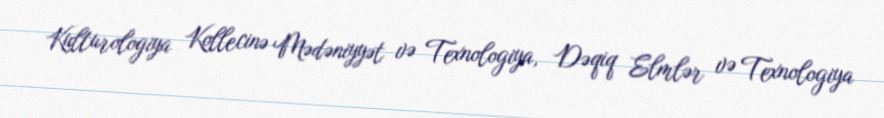
Kulturologiya Kollecinə Mədəniyyət və Texnologiya, Dəqiq Elmlər və Texnologiya